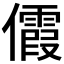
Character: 𪝺